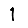
Digit: 1